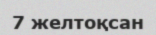
7 желтоқсан